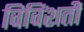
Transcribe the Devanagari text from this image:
विविंशती